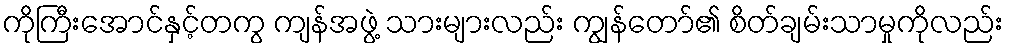
ကိုကြီးအောင်နှင့်တကွ ကျန်အဖွဲ့ သားများလည်း ကျွန်တော်၏ စိတ်ချမ်းသာမှုကိုလည်း